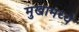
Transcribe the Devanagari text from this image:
मुखामध्ये